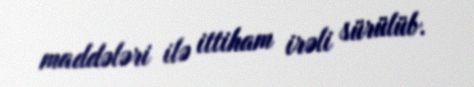
maddələri ilə ittiham irəli sürülüb.